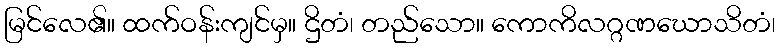
မြင်လေ၏။ ထက်ဝန်းကျင်မှ။ ဌိတံ၊ တည်သော။ ကောကိလဂ္ဂဏဃောသိတံ၊